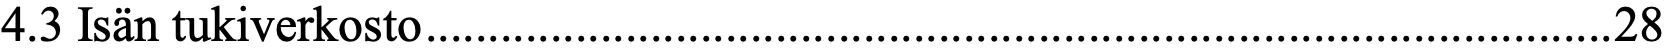
4.3 Isän tukiverkosto ............................................................................................... 28